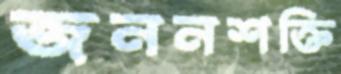
জননশক্তি